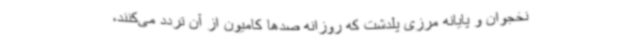
نخجوان و پایانه مرزی پلدشت که روزانه صدها کامیون از آن تردد می‌کنند،